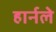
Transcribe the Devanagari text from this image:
हार्नले